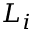
L _ { i }